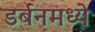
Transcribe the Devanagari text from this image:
डर्बनमध्ये